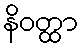
နိဝတ္ထာ